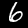
Label: 6